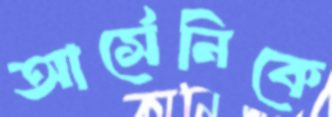
আর্সেনিকে